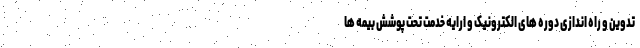
تدوین و راه اندازی دوره های الکترونیک و ارایه خدمت تحت پوشش بیمه ها